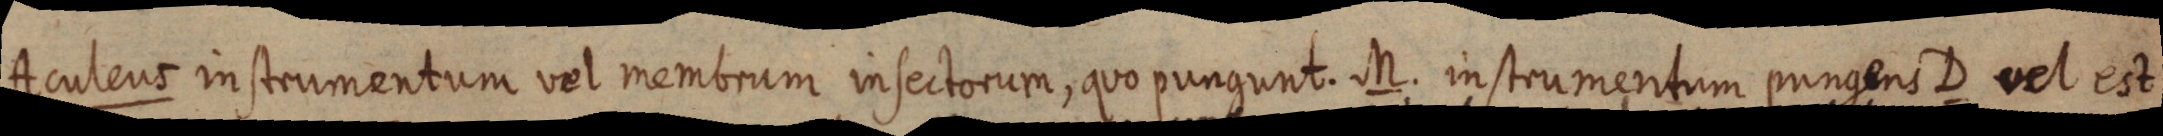
Aculeus instrumentum vel membrum infectorum, quo pungunt. M. instrumentum pungens D vel est